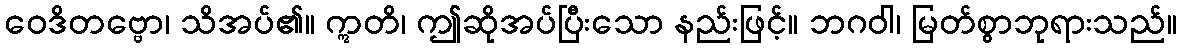
ဝေဒိတဗ္ဗော၊ သိအပ်၏။ ဣတိ၊ ဤဆိုအပ်ပြီးသော နည်းဖြင့်။ ဘဂဝါ၊ မြတ်စွာဘုရားသည်။